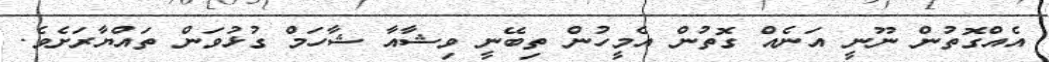
އެއްގޮތުން ނޫނީ އަނެއް ގޮތުން އެމީހުން ތިބޭނީ ވިޝާއާ ޝާހަމް ގުޅުވަން ތައްޔާރަށެވެ.